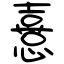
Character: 憙